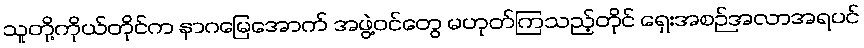
သူတို့ကိုယ်တိုင်က နာဂမြေအောက် အဖွဲ့ဝင်တွေ မဟုတ်ကြသည့်တိုင် ရှေးအစဉ်အလာအရပင်